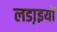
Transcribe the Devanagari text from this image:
लडा़इयों